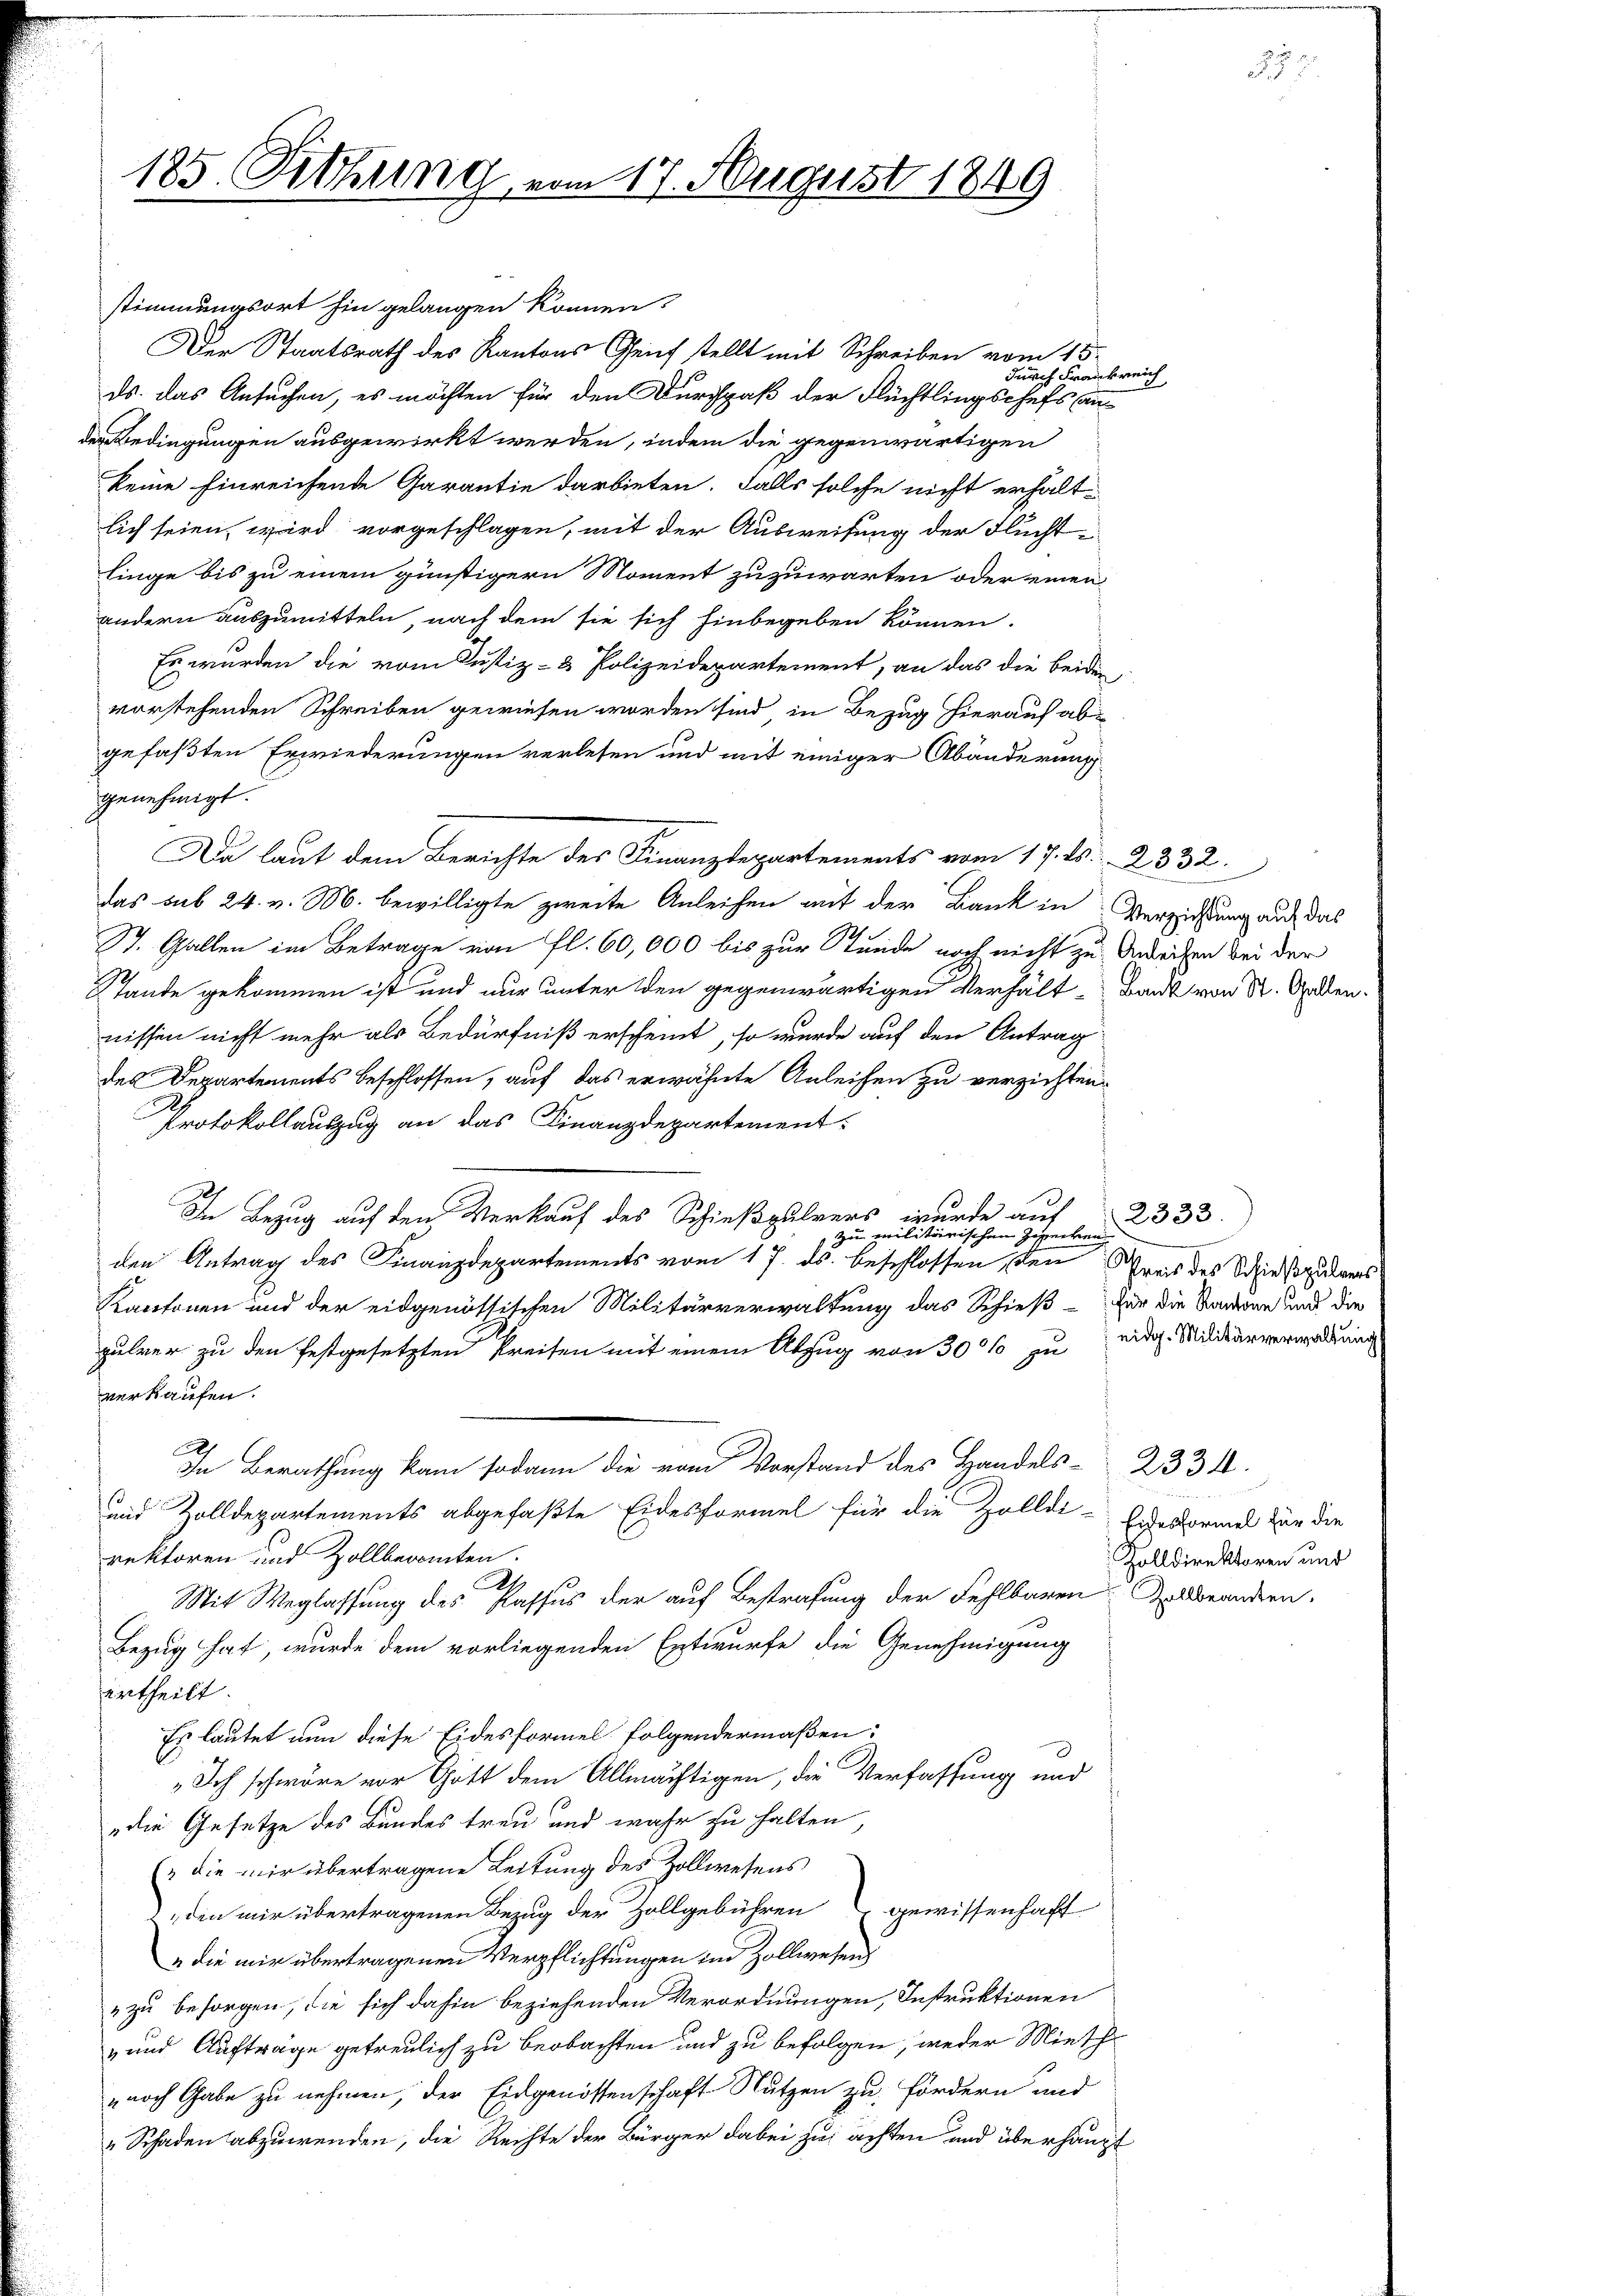
185. Ottung

Da laut dem Berichte des Finanzdepartements vom 17. ds. 2332.

47. August 1849

stimmungsort hin gelangen können.
Der Staatsrath des Kantons Gleich tellt mit Schreiben vom 15.
ds. das Ansuchen, es möchten für den Durchpaß der Flüchtlingschefs ander Bedingungen ausgewirkt werden, indem die gegenwärtigen
keine Einreichende Garantie darbieten. Falls solche nicht erhalt-
lich seien, wird vorgeschlagen, mit der Ausweisung der Fluchtlinge bis zu einem günstigern Moment zuzuwarten oder einen
andern auszumitteln, nach dem sie sich hinbegeben können.
Es wurden die vom Justiz- & Polizeidepartement, an das die beiden
vorstehenden Schreiben gewiesen worden sind in Bezug hierauf abgefaßten Erwiederungen verlesen und mit einiger Abänderung
genehmigt.
das sub 24. v. M. bewilligte zweite Anleihen mit der Bank in Verzichtung auf das
St. Gallen im Betrage von fl. 60,000 bis zur Stunde noch nicht zu Anleihen bei der
Stande gekommen ist und nur unter den gegenwärtigen Verhält-Bank von St. Gallen.
nissen nicht mehr als Bedürfniß erscheint, so wurde auf den Antrag
des Departements beschlossen, auf das erwähnte Anleihen zu verzichten.
Protokollauszug an das Finanzdepartement.
In Bezug auf den Verkauf des Schießpulvers, wurde auf
Zu Militierischen Gehreckung
den Antrag des Finanzdepartements vom 17. ds. beschlossen, den Preis des Schießpulvers
Kantonen und der eidgenössischen Militärverwaltung das Schieß für die Sanden und die
pulver zu den festgesetzten Kreisen mit einem Abzug von 30% zu eidg. Militärverwaltung
verkaufen.
Ah
In Berathung kam sodann die vom Vorstand des Handels- 2334.
und Zolldepartements abgefaßte Eidesformel für die Zolldi-Eidesformel für die
rektoren und Zollbeamten.
A
Mit Weglassung des Passus der auf Bestrafung der Fehlbaren Zollbranden.
Bezug hat, wurde dem vorliegenden Entwurfe die Genehmigung
ertheilt.
Es lautet nun diese Eidesformel folgendermaßen:
Ich schwöre vor Gott dem Allmächtigen, die Verfassung und
die Gesetze des Bundes treu und wahr zu halten
 die mir übertragene Leitung des Zollwesens
den mir übertragenen Bezug der Zollgebühren gewissenhaft
„die mir übertragenen Verpflichtungen im Zollwesen
zu besorgen, die sich dahin beziehenden Verordnungen, Instruktionen
- und Aufträge getreulich zu beobachten und zu befolgen, weder Miesch
noch Gabe zu nehmen, der Eidgenossenschaft Nutzen zu fördern und
„Schaden abzuwenden, die Rechte der Bürger dabei zu achten und überhaupt

durch Frankreich

2333.

Zolldirektoren und